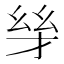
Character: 𪪋